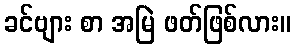
ခင်ဗျား စာ အမြဲ ဖတ်ဖြစ်လား။